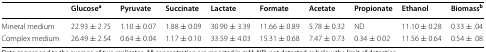
<table><thead><tr><td></td><td><b>Glucose<sup>a</sup></b></td><td><b>Pyruvate</b></td><td><b>Succinate</b></td><td><b>Lactate</b></td><td><b>Formate</b></td><td><b>Acetate</b></td><td><b>Propionate</b></td><td><b>Ethanol</b></td><td><b>Biomass<sup>b</sup></b></td></tr></thead><tbody><tr><td>Mineral medium</td><td>22.93 ± 2.75</td><td>1.10 ± 0.07</td><td>1.88 ± 0.09</td><td>30.90 ± 3.39</td><td>11.66 ± 0.89</td><td>5.78 ± 0.32</td><td>ND</td><td>11.10 ± 0.28</td><td>0.33 ± .04</td></tr><tr><td>Complex medium</td><td>26.49 ± 2.54</td><td>0.64 ± 0.04</td><td>1.17 ± 0.10</td><td>33.59 ± 4.03</td><td>15.31 ± 0.68</td><td>7.47 ± 0.73</td><td>0.34 ± 0.02</td><td>11.56 ± 0.64</td><td>0.54 ± .08</td></tr></tbody></table>